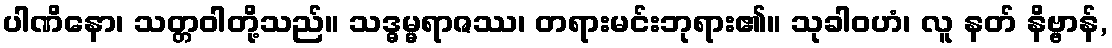
ပါဏိနော၊ သတ္တဝါတို့သည်။ သဒ္ဓမ္မရာဇဿ၊ တရားမင်းဘုရား၏။ သုခါဝဟံ၊ လူ နတ် နိဗ္ဗာန်,